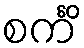
စင်္ကိံ